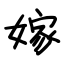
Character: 嫁